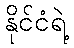
နိုင်ငံရဲ့